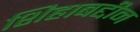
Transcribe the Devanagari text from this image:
शिहाबद्दीन